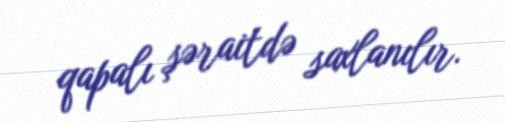
qapalı şəraitdə saxlanılır.